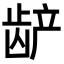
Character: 𬺅